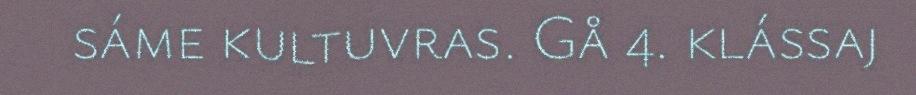
sáme kultuvras. Gå 4. klássaj